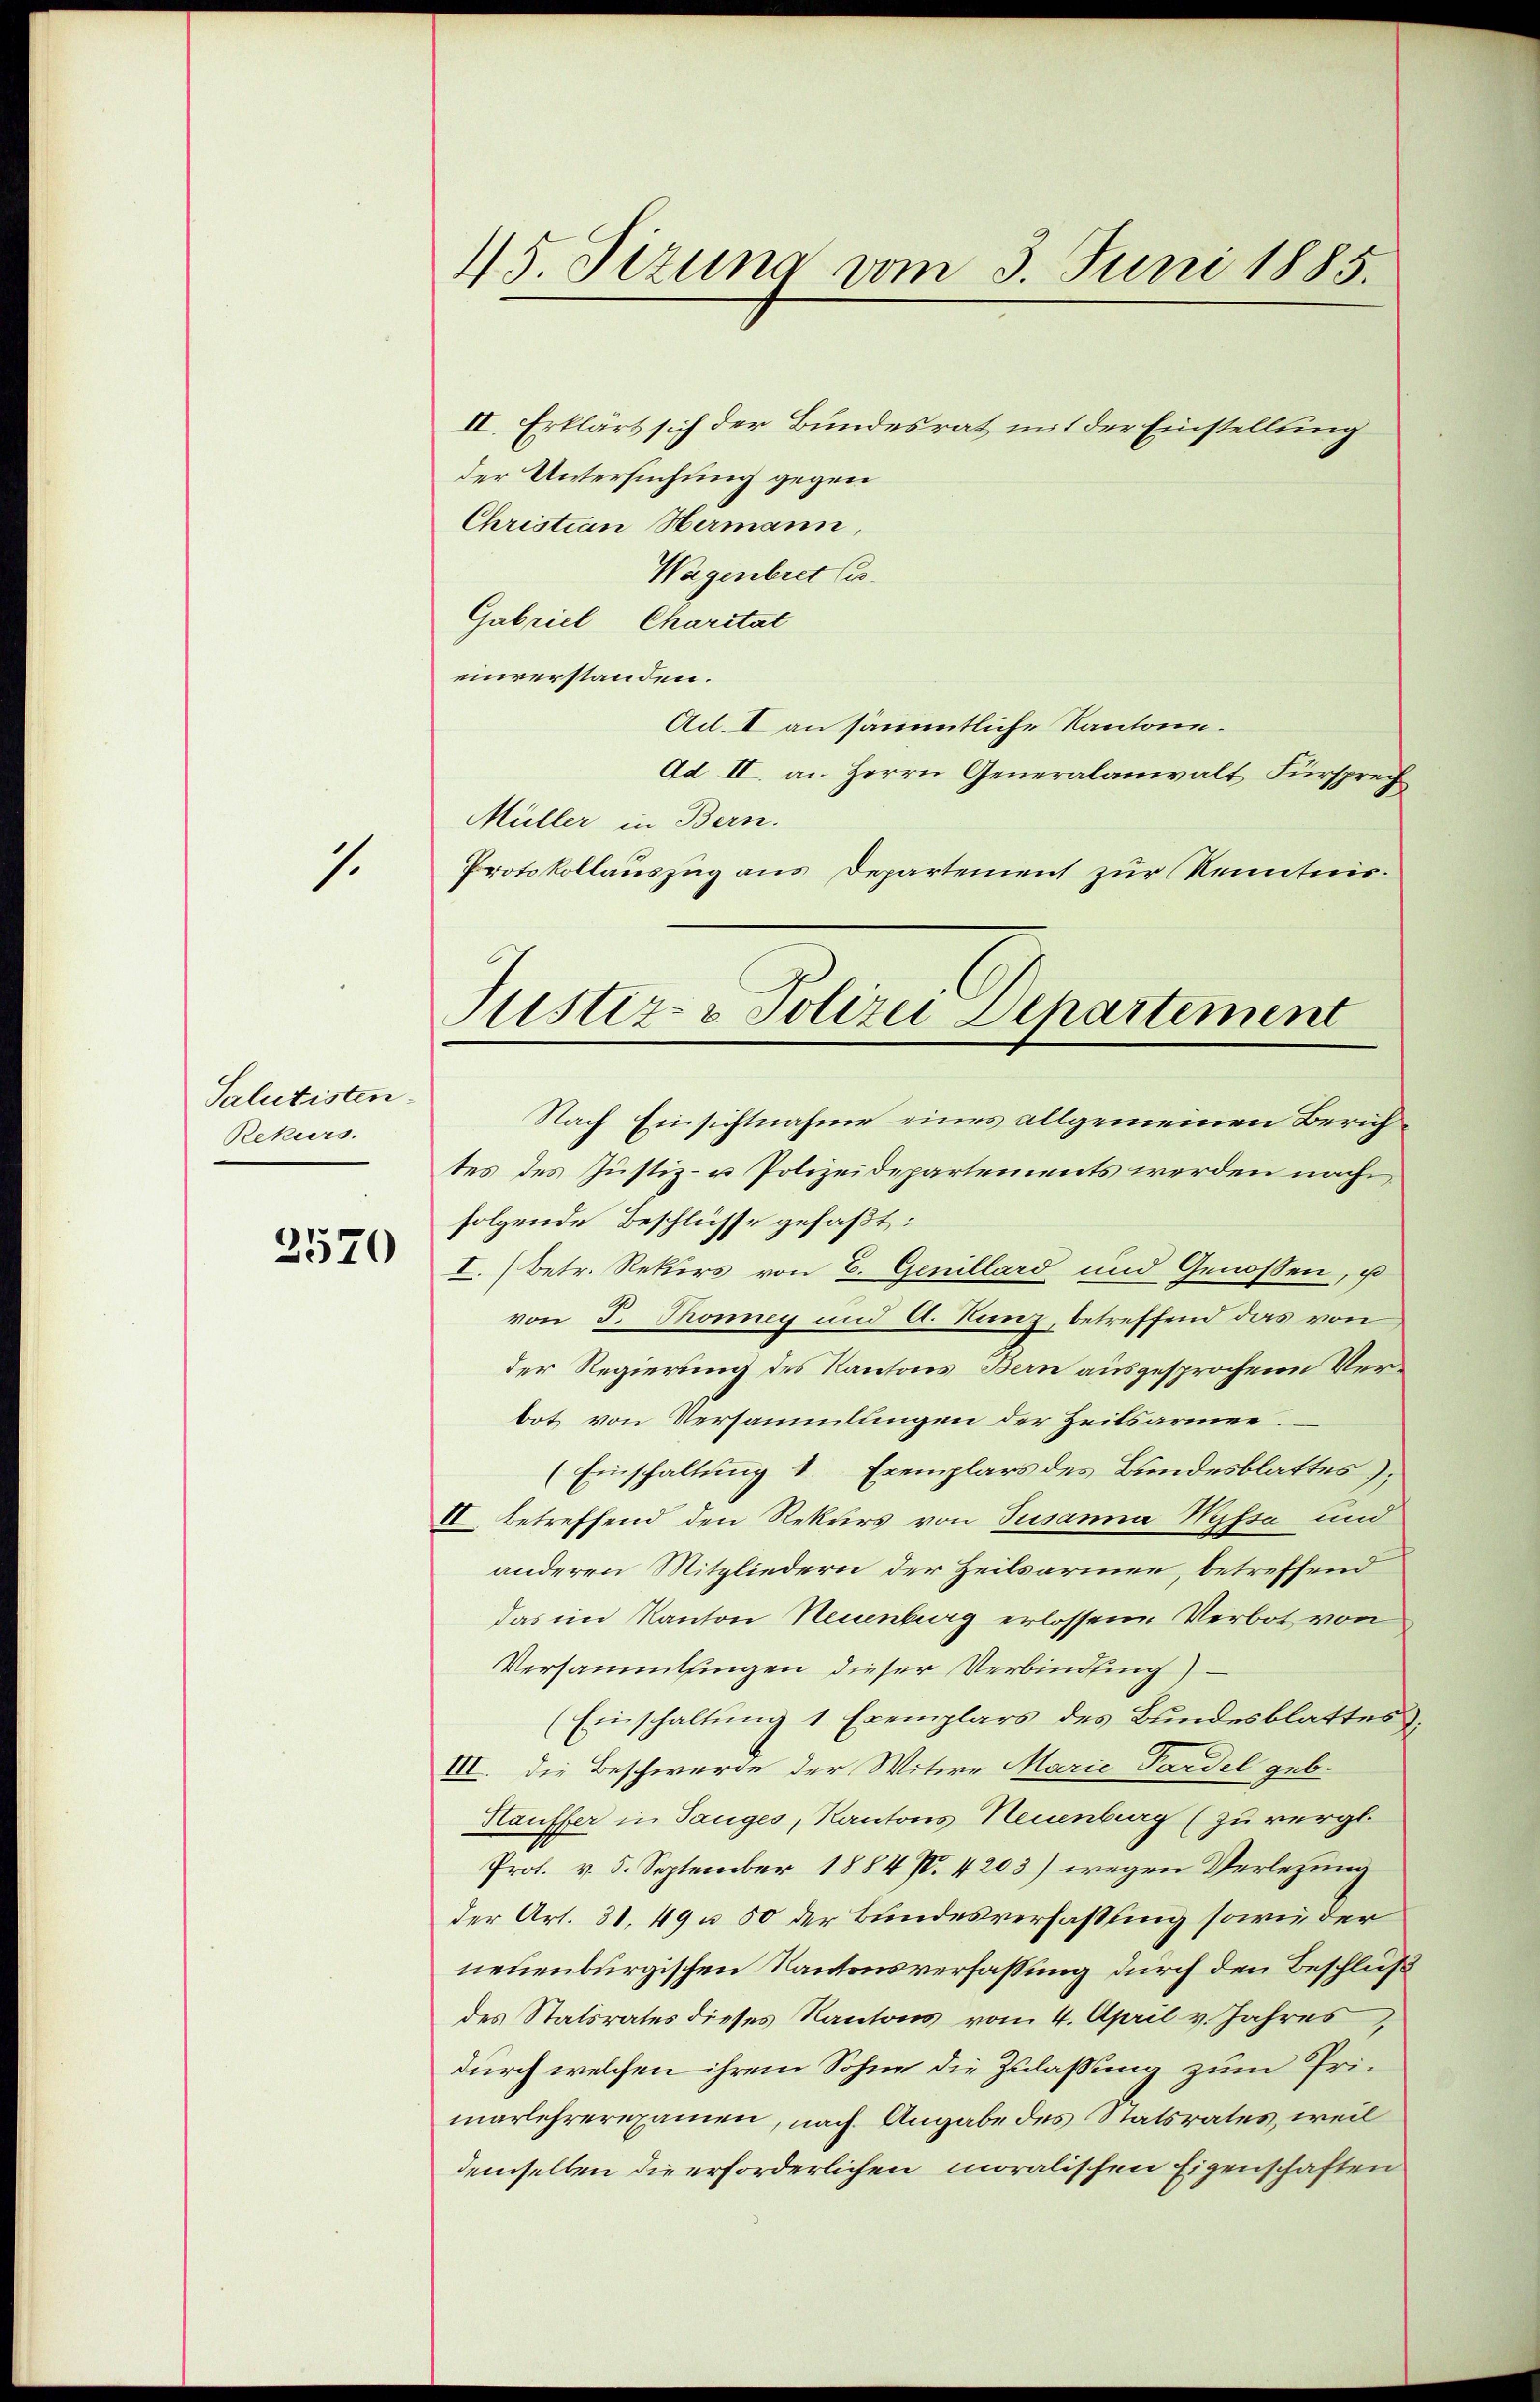
1

Salutisten
Rekurs.

2570

15. Sizung vom 3. Juni 1885.

II. Erklärt sich der Bundesrat mit der Einstellung
der Untersuchung gegen
Christian Hermann,
Wagenbret les
Gabriel Charitat
einverstanden.
Ad. I an sämmtliche Kantone.
Ad II. an Herrn Generalanwalt Fürsprech
Müller in Bern.
Protokollauszug aus Departement zur Kenntnis.
Justiz- & Polizei Departement

Nach Einsichtnahme eines allgemeinen Zürichtes des Justiz- u Polizeidepartements werden nach
folgende Beschlüsse gefaßt:
I. Betr. Rekurs von E. Genillard und Genossen, u
von J. Tönny und A. Kunz, betreffend das von
der Regierung des Kantons Bern ausgesprochene Verbot von Versammlungen der Zeitsarmee.
(Einschaltung 1 Exemplars des Bundesblattes);
II. Betreffend den Rekurs von Susanna Myfsa und
anderen Mitgliedern der Heilsarmen, betreffend
das im Kanton Neuenburg erlossene Verbot von
Versammlungen dieser Verbindung)
(Einschaltung 1 Exemplars des Bundesblattes
III. Die Beschwerde der Witwe Marie Pardel geb.
Hauffer in Tauges, Kantons Neuenburg (zu vergl.
Prof. v. 5. September 1884 P. 4203) wegen Verletzung
der Art. 31. 49 u 50 der Bundesverfassung sowie der
neuenburgischen Kantonsverfassung durch den Beschluß
des Statsrates dieses Kantons vom 4. April v. Jahres,
durch welchen ihrem Sohne die Zulassung zum Primarlehrerexamen, nach Angabe des Statsrates, weil
demselben die erforderlichen moralischen Eigenschaften